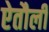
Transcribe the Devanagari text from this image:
ऐतौली